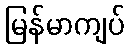
မြန်မာကျပ်